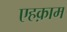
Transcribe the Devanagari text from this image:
एहक़ाम